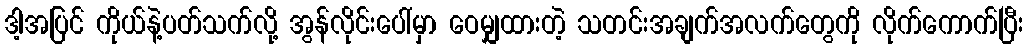
ဒါ့အပြင် ကိုယ်နဲ့ပတ်သက်လို့ အွန်လိုင်းပေါ်မှာ ဝေမျှထားတဲ့ သတင်းအချက်အလက်တွေကို လိုက်ကောက်ပြီး